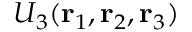
U _ { 3 } ( \mathbf { r } _ { 1 } , \mathbf { r } _ { 2 } , \mathbf { r } _ { 3 } )